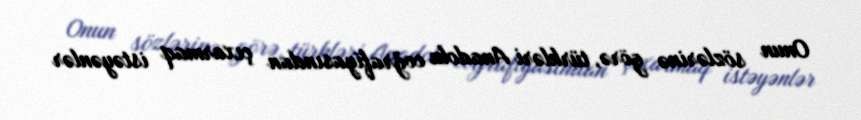
Onun sözlərinə görə, türkləri Anadolu coğrafiyasından çıxarmaq istəyənlər